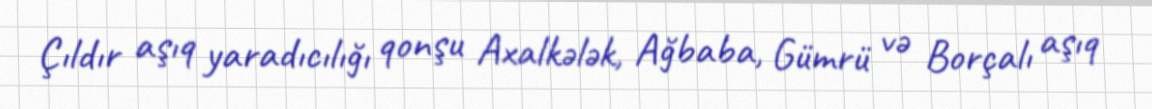
Çıldır aşıq yaradıcılığı qonşu Axalkələk, Ağbaba, Gümrü və Borçalı aşıq